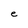
Character: e